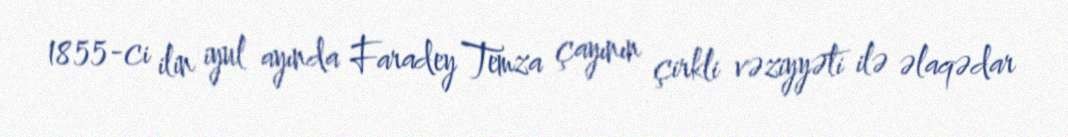
1855-ci ilin iyul ayında Faradey Temza çayının çirkli vəziyyəti ilə əlaqədar